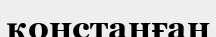
қонстанған